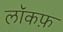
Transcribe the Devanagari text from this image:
लॉकफ़